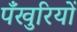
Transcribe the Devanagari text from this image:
पँखुरियों